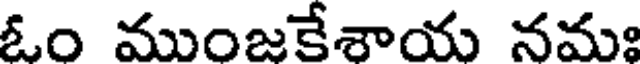
ఓం ముంజకేశాయ నమః